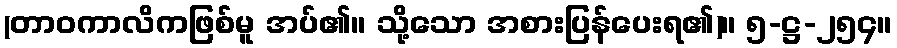
(တာဝကာလိကဖြစ်မူ အပ်၏။ သို့သော အစားပြန်ပေးရ၏)။ ၅-ဋ္ဌ-၂၅၄။